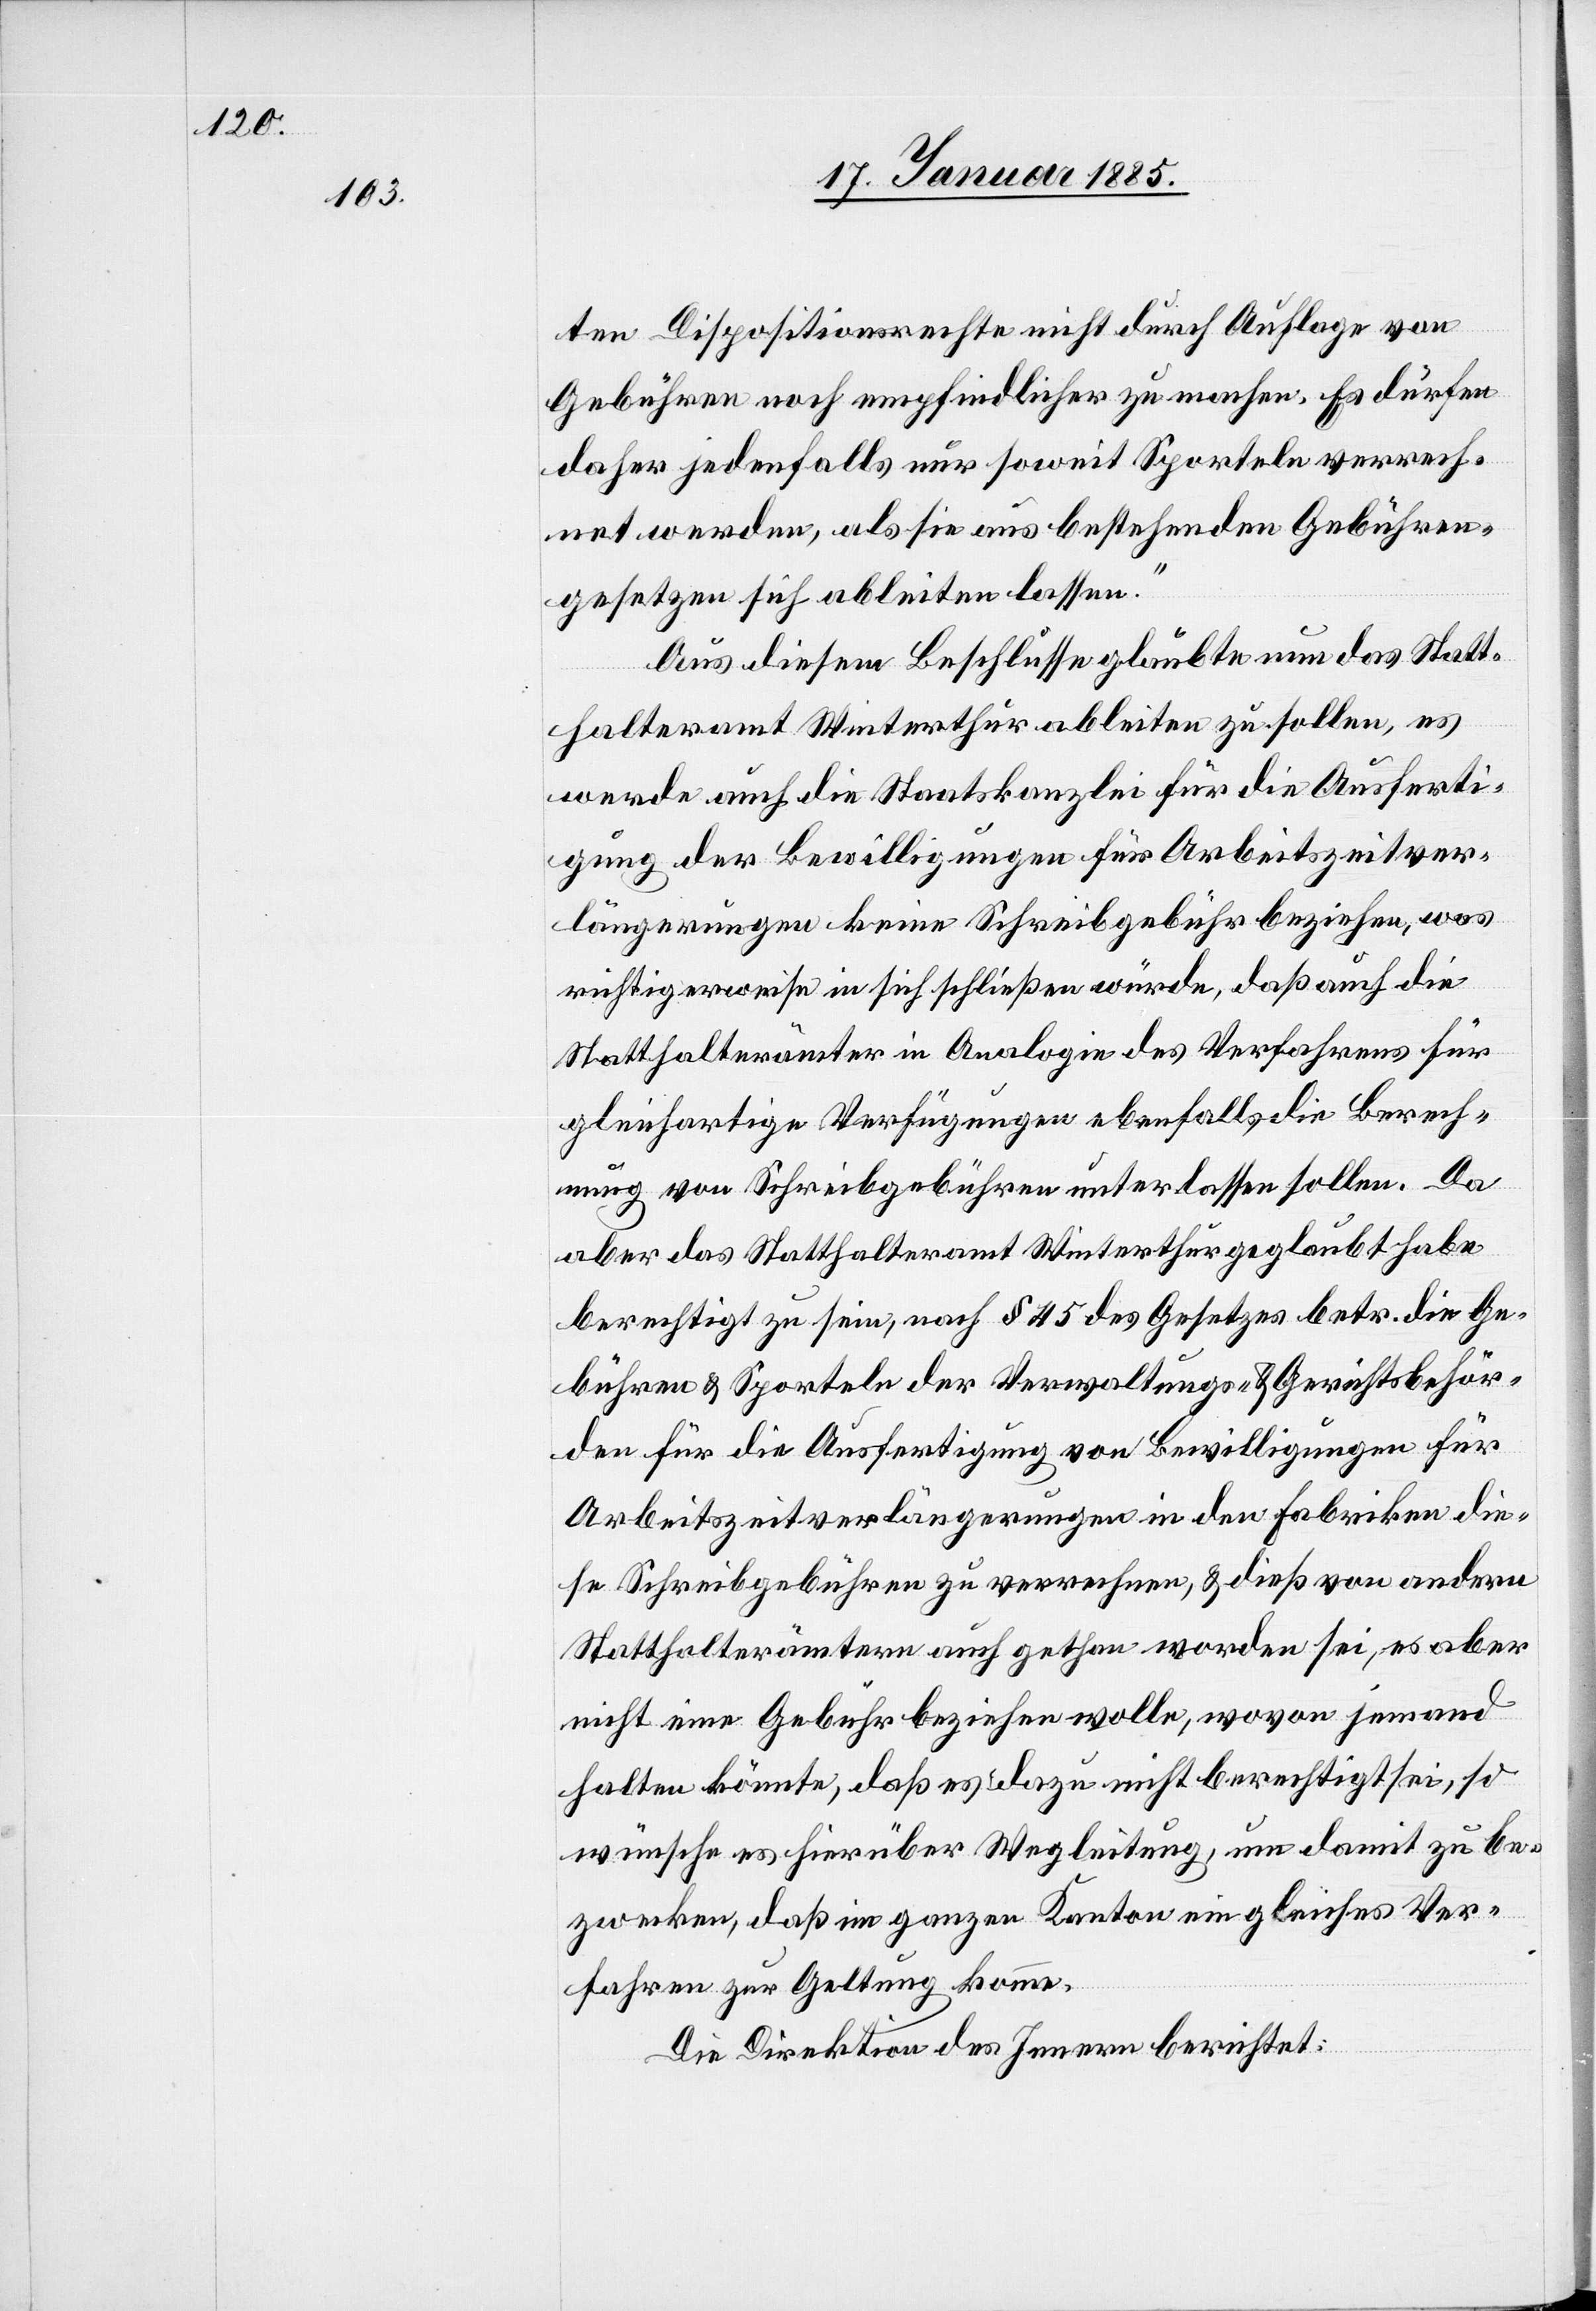
ten Dispositionsrechte nicht durch Auflage von
Gebühren noch empfindlicher zu machen. Es dürfen
daher jedenfalls nur soweit Sporteln verrech¬
net werden, als sie aus bestehenden Gebühren¬
gesetzen sich ableiten lassen.“
Aus diesem Beschlusse glaubte nun das Statt¬
halteramt Winterthur ableiten zu sollen, es
werde auch die Staatskanzlei für die Ausferti¬
gung der Bewilligungen für Arbeitszeitver¬
längerungen keine Schreibgebühr beziehen, was
richtigerweise in sich schließen würde, daß auch die
Statthalterämter in Analogie des Verfahrens für
gleichartige Verfügungen ebenfalls die Berech¬
nung von Schreibgebühren unterlassen sollen. Da
aber das Statthalteramt Winterthur geglaubt habe
berechtigt zu sein, nach § 45 des Gesetzes betr. die Ge¬
bühren & Sporteln der Verwaltungs- & Gerichtsbehör¬
den für die Ausfertigung von Bewilligungen für
Arbeitszeitverlängerungen in den Fabriken die¬
se Schreibgebühren zu verrechnen, & dieß von andern
Statthalterämtern auch gethan worden sei, es aber
nicht eine Gebühr beziehen wolle, wovon jemand
halten könnte, daß es dazu nicht berechtigt sei, so
wünsche es hierüber Wegleitung, um damit zu be¬
zwecken, daß im ganzen Kanton ein Gleiches Ver¬
fahren zur Geltung komme.
Die Direktion des Innern berichtet: